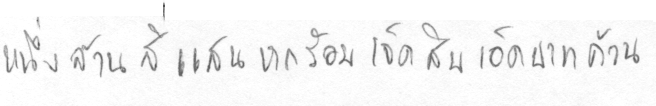
หนึ่งล้านสี่แสนหกร้อยเจ็ดสิบเอ็ดบาทถ้วน